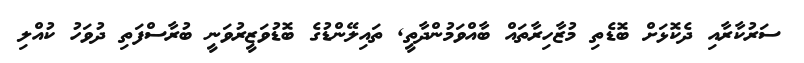
ސަރުކާރާއި ދެކޮޅަށް ބޮޑެތި މުޒާހިރާތައް ބާއްވަމުންދާތީ